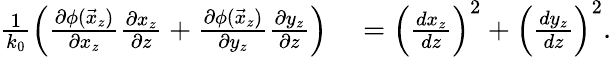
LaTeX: \begin{array}{rl}{\frac{1}{k_{0}}\left(\frac{\partial\phi(\vec{x}_{z})}{\partial x_{z}}\frac{\partial x_{z}}{\partial z}+\frac{\partial\phi(\vec{x}_{z})}{\partial y_{z}}\frac{\partial y_{z}}{\partial z}\right)}&{{}=\left(\frac{dx_{z}}{dz}\right)^{2}+\left(\frac{dy_{z}}{dz}\right)^{2}.}\end{array}